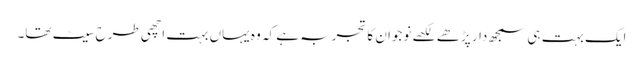
ایک بہت ہی سمجھ دار پڑھے لکھے نوجوان کا تجربہ ہے کہ وہ یہاں بہت اچھی طرح سیٹ تھا۔